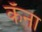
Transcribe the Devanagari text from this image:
कॅना